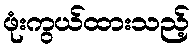
ဖုံးကွယ်ထားသည့်